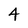
Character: 4